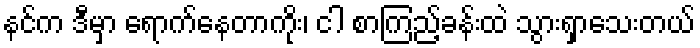
နင်က ဒီမှာ ရောက်နေတာကိုး၊ ငါ စာကြည့်ခန်းထဲ သွားရှာသေးတယ်